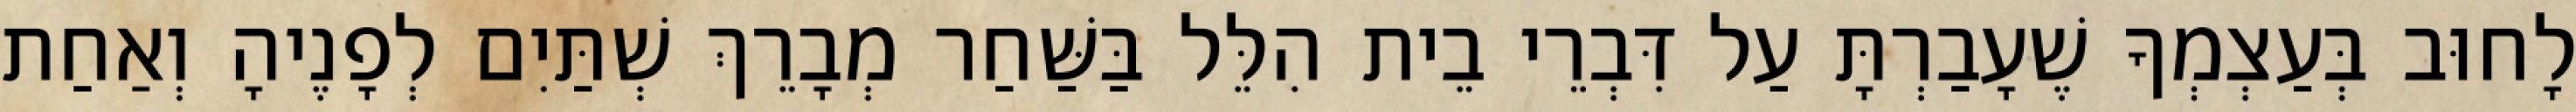
לָחוּב בְּעַצְמְךָ שֶׁעָבַרְתָּ עַל דִּבְרֵי בֵית הִלֵּל בַּשַּׁחַר מְבָרֵךְ שְׁתַּיִם לְפָנֶיהָ וְאַחַת